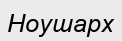
Ноушарх